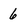
Character: 6